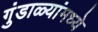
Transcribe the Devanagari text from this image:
गुंडाळ्यांमध्ये